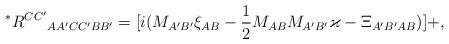
LaTeX: \begin{align*}^{\ast }R^{CC^{\prime }}{}_{AA^{\prime }CC^{\prime }BB^{\prime}}=[i(M_{A^{\prime }B^{\prime }}\xi _{AB}-\frac{1}{2}M_{AB}M_{A^{\prime}B^{\prime }}\varkappa -\Xi _{A^{\prime }B^{\prime }AB})]+,\end{align*}